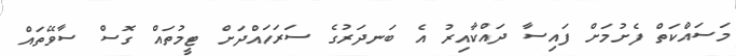
މަސައްކަތް ފެށުމަށް ފައިސާ ދައްކާއިރު އެ ބަނދަރުގެ ސަރަހައްދަށް ޓީމުތައް ގޮސް ސާވޭތައް